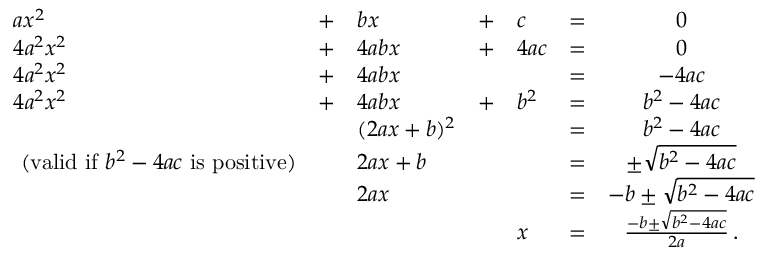
{ \begin{array} { l l l l l l c } { a x ^ { 2 } } & { + } & { b x } & { + } & { c } & { = } & { 0 } \\ { 4 a ^ { 2 } x ^ { 2 } } & { + } & { 4 a b x } & { + } & { 4 a c } & { = } & { 0 } \\ { 4 a ^ { 2 } x ^ { 2 } } & { + } & { 4 a b x } & & & { = } & { - 4 a c } \\ { 4 a ^ { 2 } x ^ { 2 } } & { + } & { 4 a b x } & { + } & { b ^ { 2 } } & { = } & { b ^ { 2 } - 4 a c } \\ & & { ( 2 a x + b ) ^ { 2 } } & & & { = } & { b ^ { 2 } - 4 a c } \\ { { \mathrm { ~ ( v a l i d ~ i f ~ } } b ^ { 2 } - 4 a c { \mathrm { ~ i s ~ p o s i t i v e ) } } } & & { 2 a x + b } & & & { = } & { \pm { \sqrt { b ^ { 2 } - 4 a c } } } \\ & & { 2 a x } & & & { = } & { - b \pm { \sqrt { b ^ { 2 } - 4 a c } } } \\ & & & & { x } & { = } & { { \frac { - b \pm { \sqrt { b ^ { 2 } - 4 a c } } } { 2 a } } \, . } \\ { \, } \end{array} }